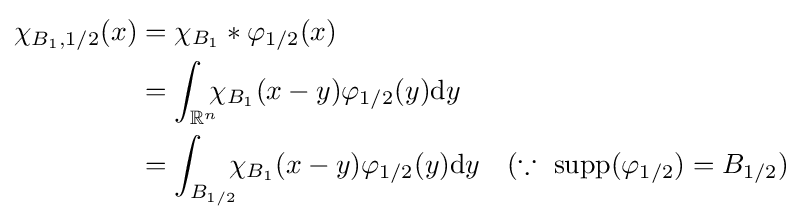
{\begin{aligned}\chi _{B_{1},1/2}(x)&=\chi _{B_{1}}\ast \varphi _{1/2}(x)\\&=\int _{\mathbb {R} ^{n}}\!\!\!\chi _{B_{1}}(x-y)\varphi _{1/2}(y)\mathrm {d} y\\&=\int _{B_{1/2}}\!\!\!\chi _{B_{1}}(x-y)\varphi _{1/2}(y)\mathrm {d} y\ \ \ (\because \ \mathrm {supp} (\varphi _{1/2})=B_{1/2})\end{aligned}}